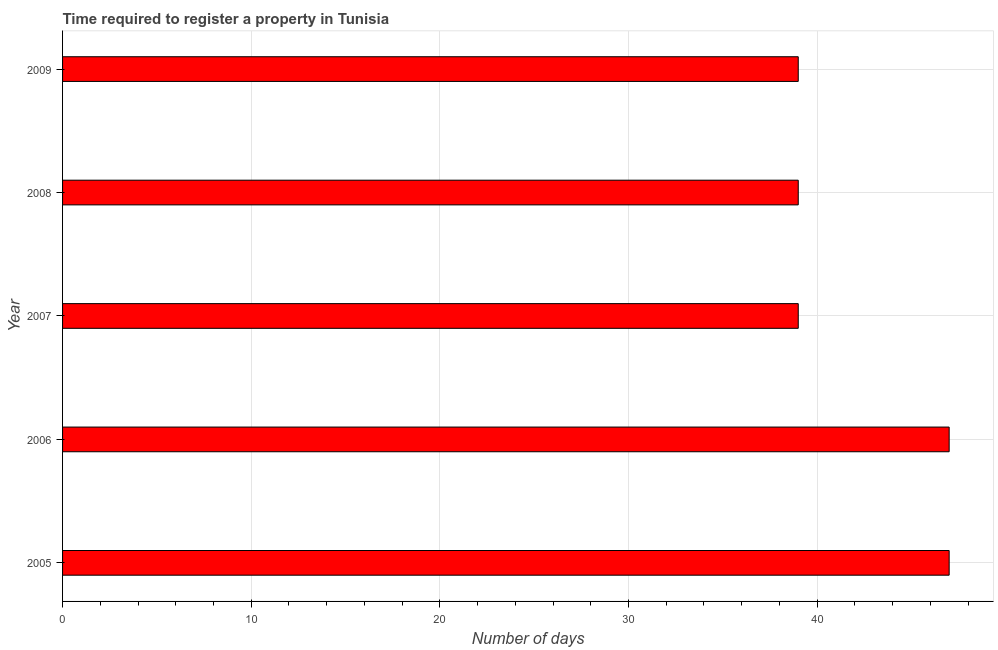
| Year | Register property |
 | --- | --- |
 | 2005 | 47 |
 | 2006 | 47 |
 | 2007 | 39 |
 | 2008 | 39 |
 | 2009 | 39 |